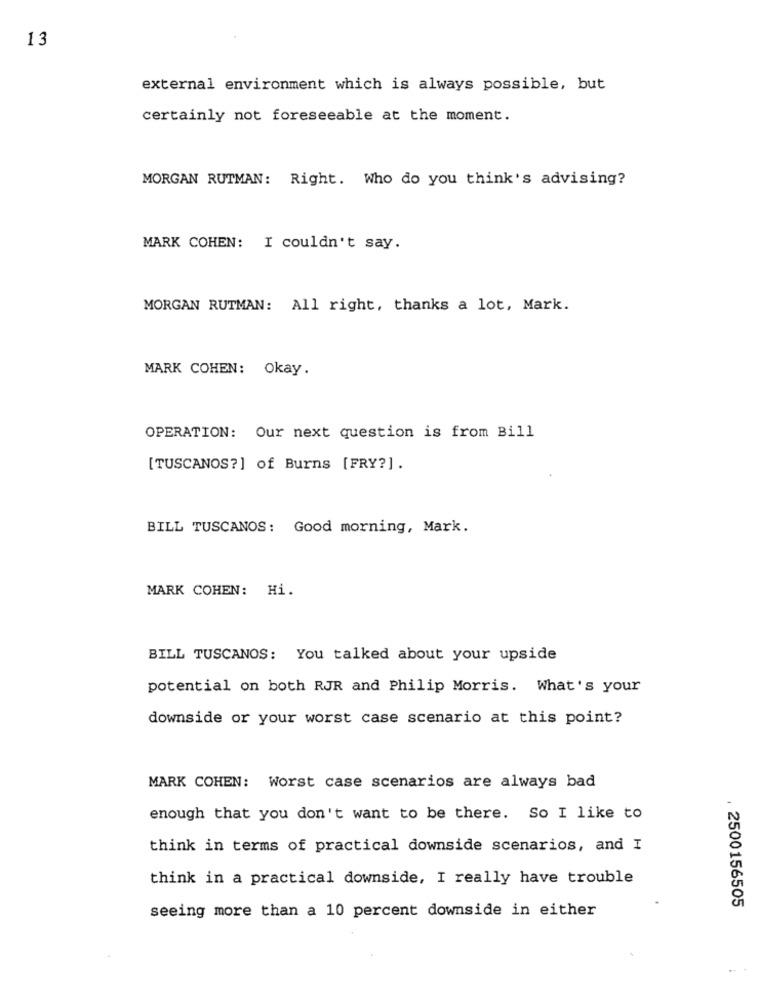
13
external environment which is always possible, but
certainly not foreseeable at the moment.
MORGAN RUTMAN: Right. Who do you think's advising?
MARK COHEN: I couldn't say.
MORGAN RUTMAN: All right, thanks a lot, Mark.
MARK COHEN: Okay.
OPERATION: Our next question is from Bill
[TUSCANOS?] of Burns [FRY?] .
BILL TUSCANOS: Good morning, Mark.
MARK COHEN: Hi.
BILL TUSCANOS: You talked about your upside
potential on both RJR and Philip Morris. What's your
downside or your worst case scenario at this point?
MARK COHEN: Worst case scenarios are always bad
enough that you don't want to be there. So I like to
think in terms of practical downside scenarios, and I
think in a practical downside, I really have trouble
seeing more than a 10 percent downside in either
. 2500156505